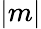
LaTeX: |m|